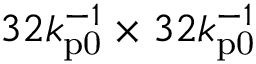
3 2 k _ { \mathrm { p 0 } } ^ { - 1 } \times 3 2 k _ { \mathrm { p 0 } } ^ { - 1 }